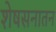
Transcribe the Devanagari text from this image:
शेषसनातन